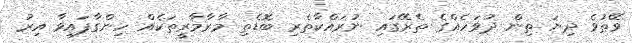
ވޭތުވެ ދިޔަ ތިން ދުވަހެއްގެ ތެރޭގައި ނުރައްކާތެރި ބޮޑެތި މާރާމާރީތަކެއް ހިންގާފައިވާ އިރު